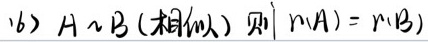
16）\(A \sim B\)（**相似**）则 \(n(A)=n(B)\)